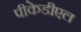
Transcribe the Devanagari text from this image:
पीकेडीएल